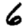
Digit: 6